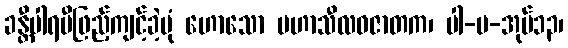
ခန္တီပါရမီဖြည့်ကျင့်ခဲ့ပုံ ဟောသော မဟာသီလဝဇာတက၊ ပါ-ပ-အုပ်၁၃၊